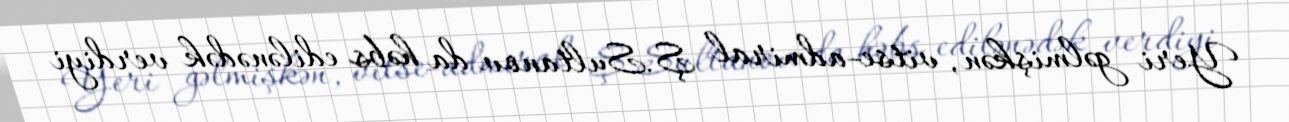
Yeri gəlmişkən, vitse-admiral Ş.Sultanov da həbs edilənədək verdiyi